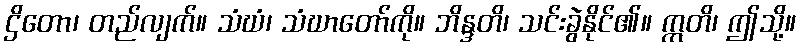
ဌိတော၊ တည်လျက်။ သံဃံ၊ သံဃာတော်ကို။ ဘိန္ဒတိ၊ သင်းခွဲနိုင်၏။ ဣတိ၊ ဤသို့။